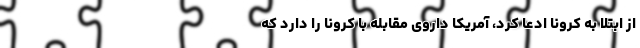
از ابتلا به کرونا ادعا کرد، آمریکا داروی مقابله با کرونا را دارد که